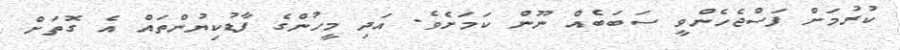
ކުރުމަށް ފަސްޖެހެންވީ ސަބަބެއް ނޫން ކަމަށެވެ. އަދި މީހުންގެ ފާޑުކިޔުންތައް އެ ގޮތަށް